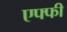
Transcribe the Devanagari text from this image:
एफ्फी